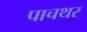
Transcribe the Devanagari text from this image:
पाचथर